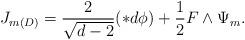
LaTeX: \begin{align*}J_{m(D)} = \frac{2}{\sqrt{d-2}} (\ast d\phi) + \frac{1}{2} F \wedge\Psi_{m}.\end{align*}